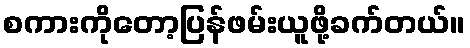
စကားကိုတော့ပြန်ဖမ်းယူဖို့ခက်တယ်။